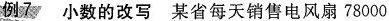
例子小数的改写某省每天销售电风扇78000